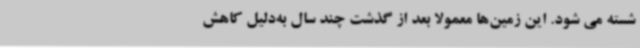
شسته می شود. این زمین‌ها معمولا بعد از گذشت چند سال به‌دلیل کاهش